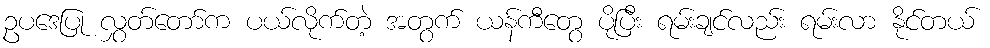
ဥပဒေပြု လွှတ်တော်က ပယ်လိုက်တဲ့ အတွက် ယန်ကီတွေ ပိုပြီး ရမ်းချင်လည်း ရမ်းလာ နိုင်တယ်